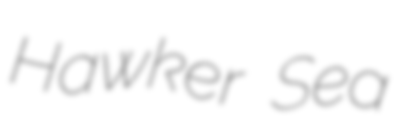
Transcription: Hawker Sea